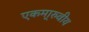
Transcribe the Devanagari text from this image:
एकमा्रुवीय